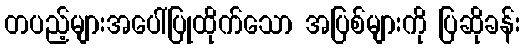
တပည့်များအပေါ်ပြုထိုက်သော အပြစ်များကို ပြဆိုခန်း